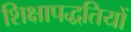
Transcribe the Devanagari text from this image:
शिक्षापद्धतियों